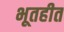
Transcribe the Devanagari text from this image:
भूतहीत